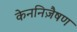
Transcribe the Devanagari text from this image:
केननिज़ैषण